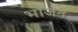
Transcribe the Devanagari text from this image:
भाेजन